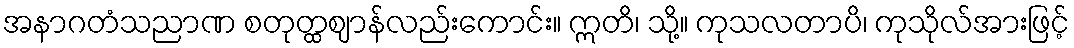
အနာဂတံသညာဏ စတုတ္ထဈာန်လည်းကောင်း။ ဣတိ၊ သို့။ ကုသလတာပိ၊ ကုသိုလ်အားဖြင့်